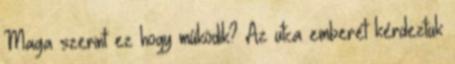
Maga szerint ez hogy működik? Az utca emberét kérdeztük